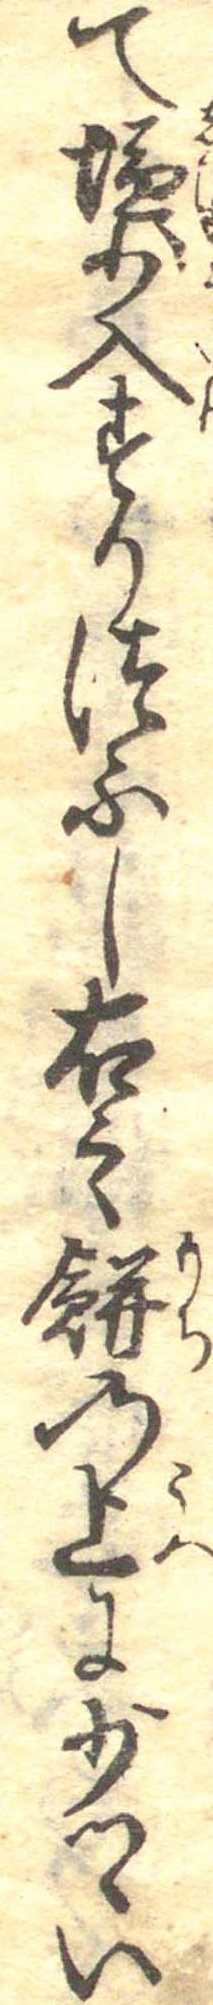
て塩少入すりつふし右之餅の上に少つゝい